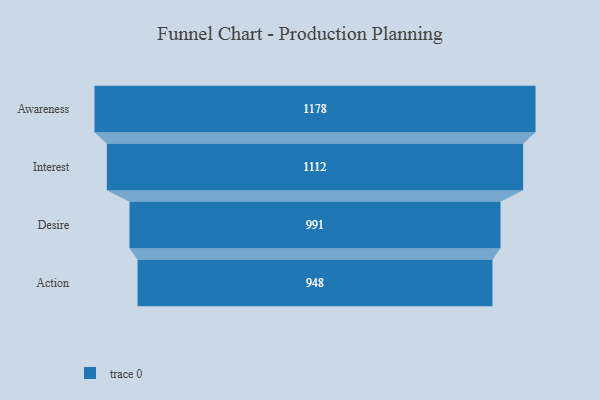
{"axis": {"x": "Stage", "y": "Value"}, "legend": [""], "data": [{"x": "Awareness", "y": 1178.0, "type": ""}, {"x": "Interest", "y": 1112.0, "type": ""}, {"x": "Desire", "y": 991.0, "type": ""}, {"x": "Action", "y": 948.0, "type": ""}]}